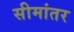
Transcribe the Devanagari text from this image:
सीमांतर